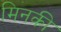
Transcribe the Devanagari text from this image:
मिनकी